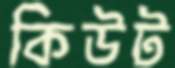
কিউট